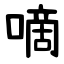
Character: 嘀